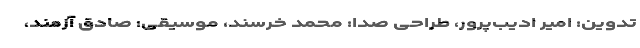
تدوین: امیر ادیب‌پرور، طراحی صدا: محمد خرسند، موسیقی: صادق آزمند،